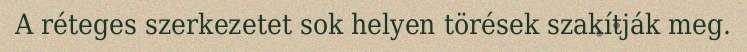
A réteges szerkezetet sok helyen törések szakítják meg.